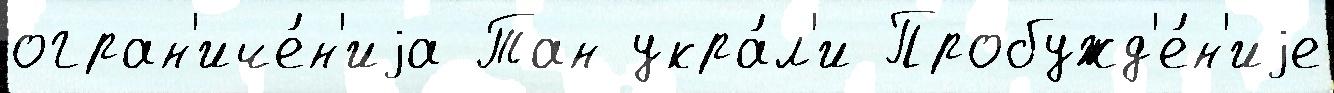
огран'иче́н'иjа Тан укра́л'и Пробужд'е́н'иjе